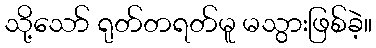
သို့သော် ရုတ်တရတ်မူ မသွားဖြစ်ခဲ့။